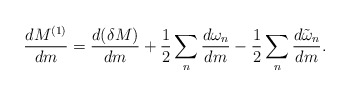
\begin{align*}{dM^{(1)}\over dm} = {d(\delta M)\over dm}+ {1\over2} \sum_n {d\omega_n\over dm} - {1\over2}\sum_n {d\tilde\omega_n\over dm}.\end{align*}